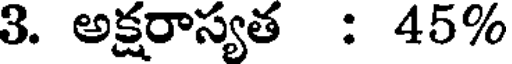
3. అక్షరాస్యత : 45%